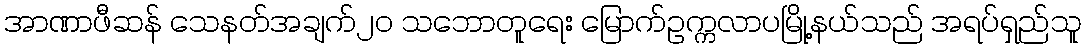
အာဏာဖီဆန် သေနတ်အချက်၂၀ သဘောတူရေး မြောက်ဥက္ကလာပမြို့နယ်သည် အရပ်ရှည်သူ